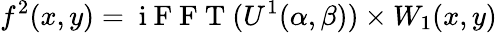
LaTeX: f^{2}(x,y)=\mathrm{~i~F~F~T~}(U^{1}(\alpha,\beta))\times W_{1}(x,y)